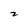
Character: 2